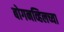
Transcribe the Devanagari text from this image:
बोगनव्हिलच्या